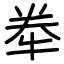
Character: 牶